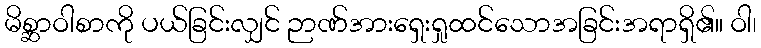
မိစ္ဆာဝါစာကို ပယ်ခြင်းလျှင် ဉာဏ်အားရှေးရှုထင်သောအခြင်းအရာရှိ၏။ ဝါ၊